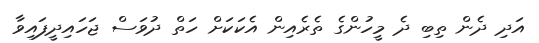
އަދި ދެން ތިބި ދެ މީހުންގެ ތެރެއިން އެކަކަށް ހަތް ދުވަސް ޖަހައިދީފައިވާ